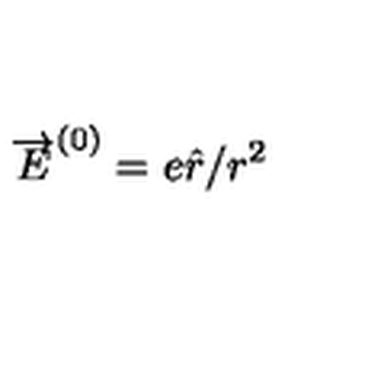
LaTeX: \overrightarrow { E } ^ { ( 0 ) } = e \hat { r } / r ^ { 2 }